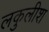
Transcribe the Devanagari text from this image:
लकुलीश